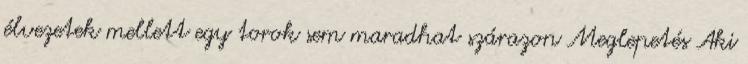
élvezetek mellett egy torok sem maradhat szárazon Meglepetés Aki